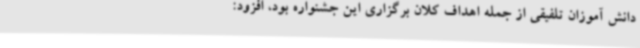
دانش آموزان تلفیقی از جمله اهداف کلان برگزاری این جشنواره بود، افزود: